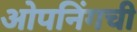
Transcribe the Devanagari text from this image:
ओपनिंगची